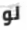
لو